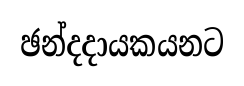
ඡන්දදායකයනට